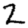
Digit: 2